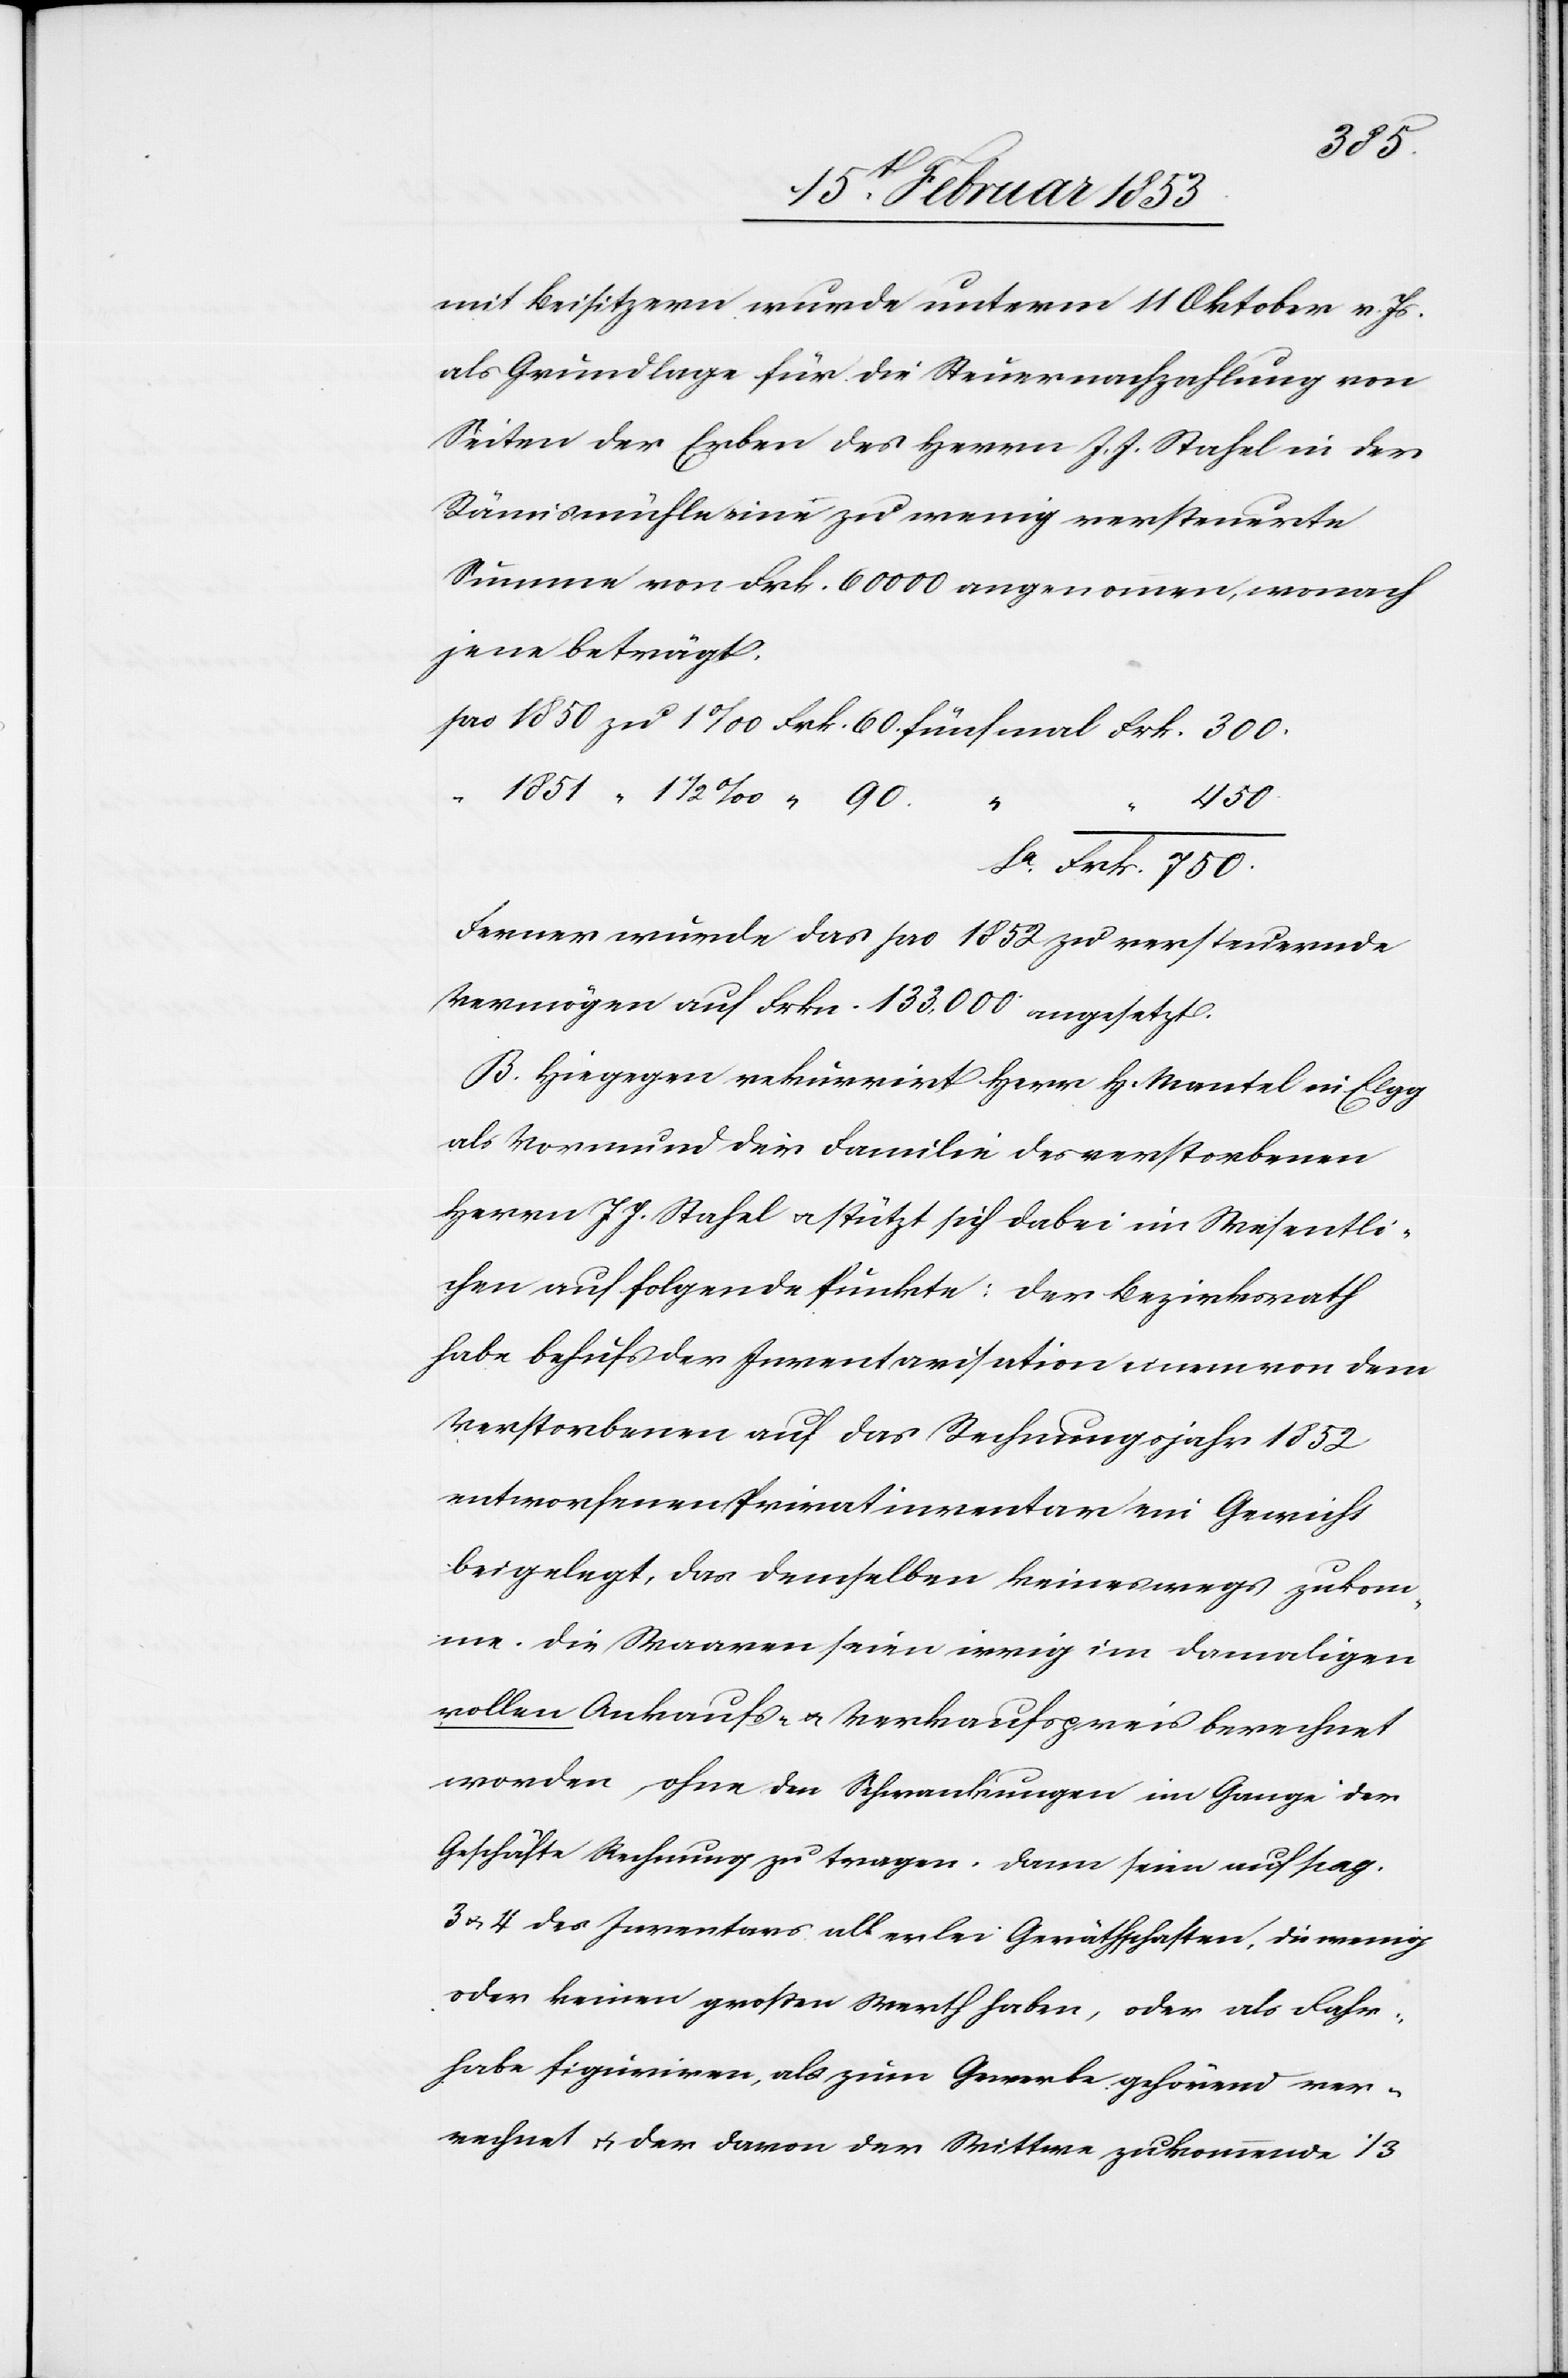
mit Beisitzern wurde unterm 11 Oktober v. Js.
als Grundlage für die Steuernachzahlung von
Seiten der Erben des Herrn J. J. Stahel in der
Rämismühle eine zu wenig versteuerte
Summe von Frk. 60 000 angenommen, wonach
jene beträgt.
pro 1850 zu 1‰ Frk. 60. fünfmal Frk. 300.
“	1851 “ 1 1/2‰ “ 90.
450.
Se. Frk. 750.
Ferner würde das pro 1852 zu versteuernde
Vermögen auf Frkn. 133,000 angesetzt.
B. Hiegegen rekurrirt Herr H. Mantel in Elgg
als Vormund der Familie des verstorbenen
Herrn J. J. Stahel u. stützt sich dabei im Wesentli¬
chen auf folgende Punkte: der Bezirksrath
habe behufs der Inventarsituation einen von den
Verstorbenen auf das Rechnungsjahr 1852
entworfenen Privatinventar ein Gewicht
beigelegt, das demselben keineswegs zukom¬
me. Die Waaren seien einzig im damaligen
vollen Ankaufs- u. Verkaufspreis berechnet
worden, ohne den Schwankungen im Gange der
Geschäfte Rechnung zu tragen. Dann seien auf pag.
3 u. 4 des Inventars allerlei Geräthschaften, die wenig
oder keinen großen Werth haben, oder als Fahr¬
habe figuriren, als zum Gewerbe gehörend ver¬
rechnet u. der davon der Wittwe zukommende 1/3